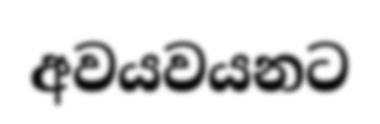
අවයවයනට